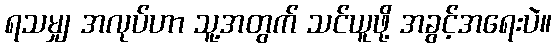
ရသမျှ အလုပ်ဟာ သူ့အတွက် သင်ယူဖို့ အခွင့်အရေးပဲ။